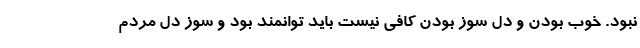
نبود. خوب بودن و دل سوز بودن کافی نیست باید توانمند بود و سوز دل مردم